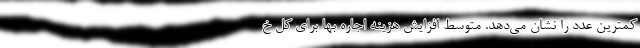
کمترین عدد را نشان می‌دهد. متوسط افزایش هزینه اجاره بها برای کل خ